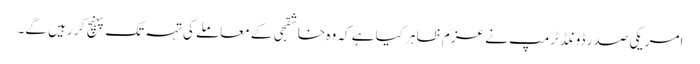
امریکی صدر ڈونلڈ ٹرمپ نے عزم ظاہر کیا ہے کہ وہ خاشقجی کے معاملے کی تہہ تک پہنچ کر رہیں گے۔